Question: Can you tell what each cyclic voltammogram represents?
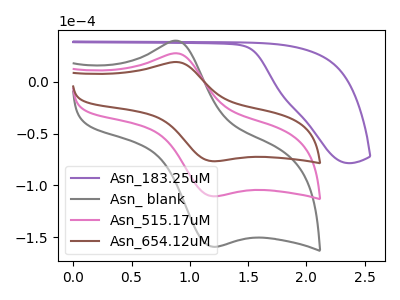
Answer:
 <answer>The purple curve is labeled "Asn_183.25uM". The gray curve is labeled "Asn_ blank". The pink curve is labeled "Asn_515.17uM". The brown curve is labeled "Asn_654.12uM".</answer>
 <eval></eval>